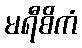
မရီစိကံ